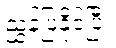
ညွှန်ပြနိုင်ပြီး